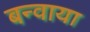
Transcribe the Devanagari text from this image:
बन्वाया